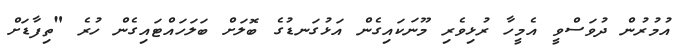
އުމުރުން ދުވަސްވީ އެމީހާ ރުޅިވެރި މޫނަކައިގެން އަޅުގަނޑުގެ ބޮލަށް ބަލަހައްޓައިގެން ހުރެ "ތިފާޑަށް